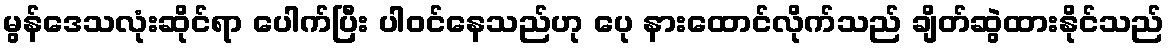
မွန်ဒေသလုံးဆိုင်ရာ ပေါက်ပြီး ပါဝင်နေသည်ဟု ပေု နားထောင်လိုက်သည် ချိတ်ဆွဲထားနိုင်သည်